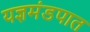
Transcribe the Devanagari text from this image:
यज्ञमंडपात